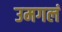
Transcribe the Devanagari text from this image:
उमगलं